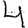
Digit: 4